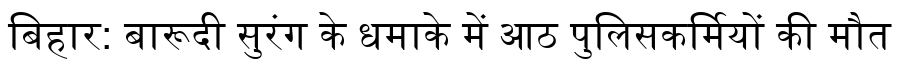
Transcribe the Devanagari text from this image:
बिहार: बारूदी सुरंग के धमाके में आठ पुलिसकर्मियों की मौत